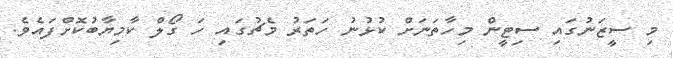
މި ސީޒަނުގައި ސިޓީން މިހާތަނަށް ކުޅުނު ހަތަރު މެޗުގައި ހަ ގޯލް ކާމިޔާބުކޮށްފައެވެ.